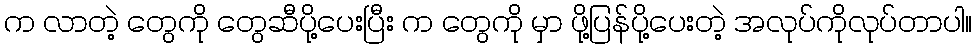
က လာတဲ့ တွေကို တွေဆီပို့ပေးပြီး က တွေကို မှာ ဖို့ပြန်ပို့ပေးတဲ့ အလုပ်ကိုလုပ်တာပါ။